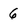
Character: 6